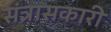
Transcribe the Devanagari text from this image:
संत्रासकारी